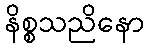
နိစ္စသညိနော